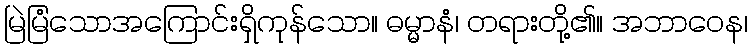
မြဲမြံသောအကြောင်းရှိကုန်သော။ ဓမ္မာနံ၊ တရားတို့၏။ အဘာဝေန၊